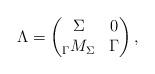
LaTeX: \begin{align*}\Lambda = \begin{pmatrix} \Sigma & 0 \\ {_\Gamma M_\Sigma} & \Gamma \\ \end{pmatrix},\end{align*}